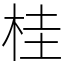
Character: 桂